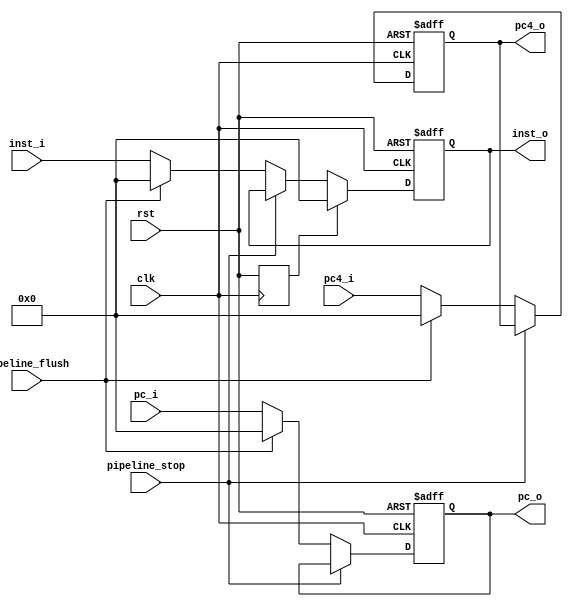
module IF_ID (
    input clk,
    input rst,
    input pipeline_stop,
    input pipeline_flush,

    input [31:0]pc_i,
    output reg [31:0]pc_o,
    input [31:0]pc4_i,
    output reg [31:0]pc4_o,
    input [31:0]inst_i,
    output reg [31:0]inst_o
);
    reg last_rst;
    always @(posedge clk)  begin
        last_rst <= rst;
    end

    always @ (posedge clk or posedge rst) begin
        if(rst)      pc4_o <= 32'b0;
        else if(pipeline_stop) pc4_o <= pc4_o;
        else if(pipeline_flush) pc4_o <= 32'b0;
        else            pc4_o <= pc4_i;
    end
    
    always @ (posedge clk or posedge rst) begin
        if(rst)      inst_o <= 32'b0;
        else if(last_rst)    inst_o <= 32'b0;
        else if(pipeline_stop) inst_o <= inst_o;
        else if(pipeline_flush) inst_o <= 32'b0;
        else            inst_o <= inst_i;
    end

    always @ (posedge clk or posedge rst) begin
        if(rst)      pc_o <= 32'b0;
        else if(pipeline_stop) pc_o <= pc_o;
        else if(pipeline_flush) pc_o <= 32'b0;
        else            pc_o <= pc_i;
    end
    
endmodule